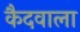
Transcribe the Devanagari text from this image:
कैदवाला